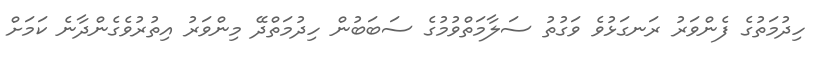
ހިދުމަތުގެ ފެންވަރު ރަނގަޅުވެ ވަގުތު ސަލާމަތްވުމުގެ ސަބަބުން ހިދުމަތްދޭ މިންވަރު އިތުރުވެގެންދާނެ ކަމަށް